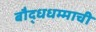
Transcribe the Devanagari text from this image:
बौद्धधम्माची